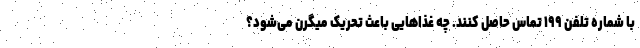
با شماره تلفن ۱۹۹ تماس حاصل کنند. چه غذاهایی باعث تحریک میگرن می‌شود؟